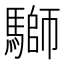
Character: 𩥐